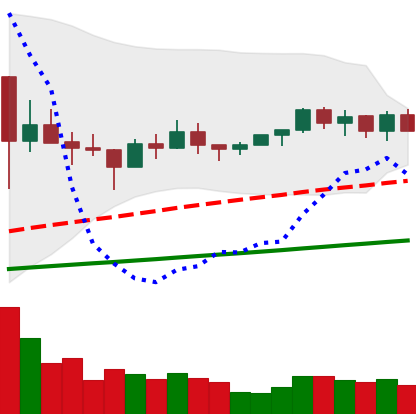
Ticker: NEO-USD
Chart end date: 2021-03-14
Forward return: 11.104%
Label: up_7plus